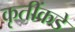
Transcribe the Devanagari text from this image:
कृतींकडे